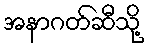
အနာဂတ်ဆီသို့